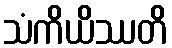
သံကိယိဿတိ